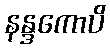
နန္ဒကောပိ